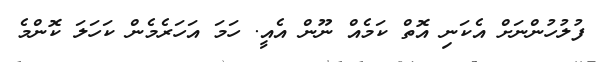
ފުލުހުންނަށް އެކަނި އޮތް ކަމެއް ނޫން އެއީ. ހަމަ އަހަރެމެން ކަހަލަ ކޮންމެ